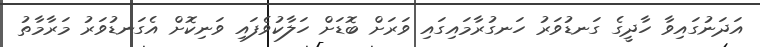
އަދަނުގައިވާ ހާދީގެ ގަނޑުވަރު ހަނގުރާމައިގައި ވަރަށް ބޮޑަށް ހަލާކުވެފައި ވަނިކޮށް އެގަނޑުވަރު މަރާމާތު